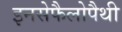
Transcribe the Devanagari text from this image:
इनसेफैलोपैथी